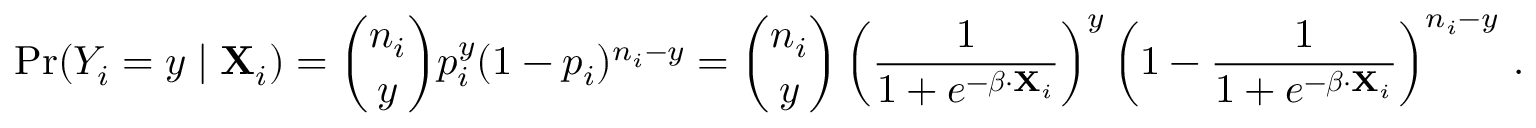
\operatorname* { P r } ( Y _ { i } = y \mid \mathbf { X } _ { i } ) = { \binom { n _ { i } } { y } } p _ { i } ^ { y } ( 1 - p _ { i } ) ^ { n _ { i } - y } = { \binom { n _ { i } } { y } } \left( { \frac { 1 } { 1 + e ^ { - { \boldsymbol { \beta } } \cdot \mathbf { X } _ { i } } } } \right) ^ { y } \left( 1 - { \frac { 1 } { 1 + e ^ { - { \boldsymbol { \beta } } \cdot \mathbf { X } _ { i } } } } \right) ^ { n _ { i } - y } \, .